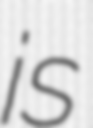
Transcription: is